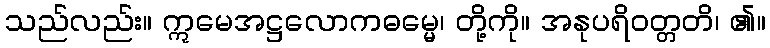
သည်လည်း။ ဣမေအဋ္ဌလောကဓမ္မေ၊ တို့ကို။ အနုပရိဝတ္တတိ၊ ၏။